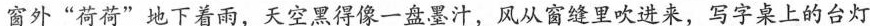
窗外“荷荷”地下着雨，天空黑得像一盘墨汁，风从窗缝里吹进来，写字桌上的台灯